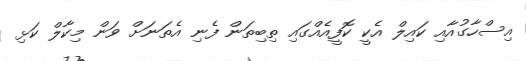
އިސްހާގުއާއި ކައިލް އެކީ ކޮފީއެއްގައި ތިބިތަން ފެނި އެތަނަށް ވަން މިކާލް ކަޅި